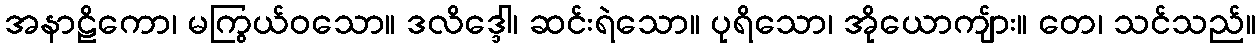
အနာဠိကော၊ မကြွယ်ဝသော။ ဒလိဒ္ဒေါ၊ ဆင်းရဲသော။ ပုရိသော၊ အိုယောကျ်ား။ တေ၊ သင်သည်။